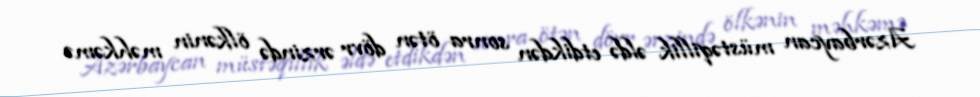
Azərbaycan müstəqillik əldə etdikdən sonra ötən dövr ərzində ölkənin məhkəmə